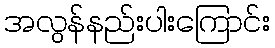
အလွန်နည်းပါးကြောင်း